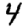
Digit: 4